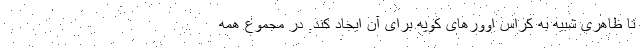
تا ظاهری شبیه به کراس اوورهای کوپه برای آن ایجاد کند. در مجموع همه